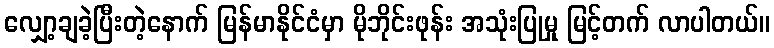
လျှော့ချခဲ့ပြီးတဲ့နောက် မြန်မာနိုင်ငံမှာ မိုဘိုင်းဖုန်း အသုံးပြုမှု မြင့်တက် လာပါတယ်။